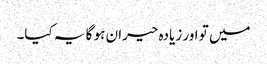
میں تو اور زیادہ حیران ہو گا یہ کیا۔